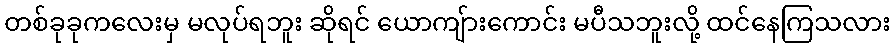
တစ်ခုခုကလေးမှ မလုပ်ရဘူး ဆိုရင် ယောကျ်ားကောင်း မပီသဘူးလို့ ထင်နေကြသလား